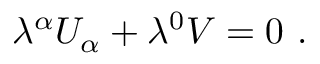
\lambda ^ { \alpha } U _ { \alpha } + \lambda ^ { 0 } V = 0 \ .